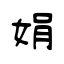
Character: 娟